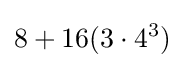
8+16(3\cdot 4^{3})